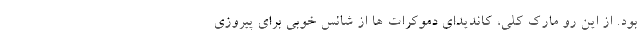
بود. از این رو مارک کلی، کاندیدای دموکرات ها از شانس خوبی برای پیروزی